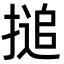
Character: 搥